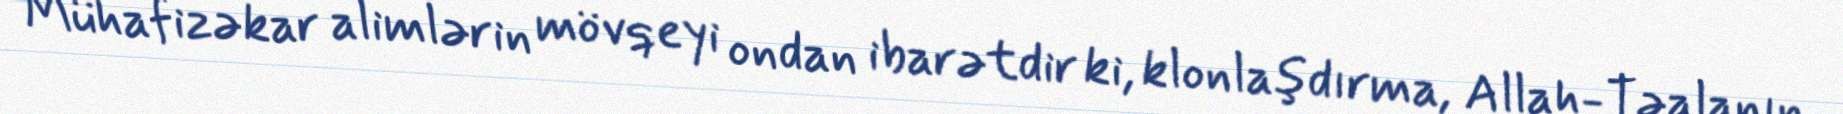
Mühafizəkar alimlərin mövqeyi ondan ibarətdir ki, klonlaşdırma, Allah-Təalanın